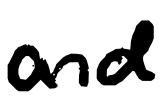
Text: and
Cross-out: clean
Writing tool: digital_black